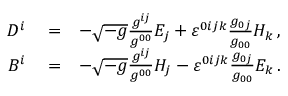
\begin{array} { r l r } { D ^ { i } } & { { } = } & { - \sqrt { - g } \frac { g ^ { i j } } { g ^ { 0 0 } } E _ { j } + \varepsilon ^ { 0 i j k } \frac { g _ { 0 j } } { g _ { 0 0 } } H _ { k } \, , } \\ { B ^ { i } } & { { } = } & { - \sqrt { - g } \frac { g ^ { i j } } { g ^ { 0 0 } } H _ { j } - \varepsilon ^ { 0 i j k } \frac { g _ { 0 j } } { g _ { 0 0 } } E _ { k } \, . } \end{array}